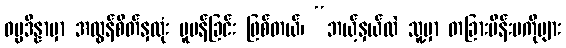
ဓမ္မဒိန္နာမှာ အလွန်စိတ်နှလုံး ပူပန်ခြင်း ဖြစ်တယ်၊ “ဘယ့်နှယ်လဲ သူ့မှာ တခြားမိန်းမကိုများ